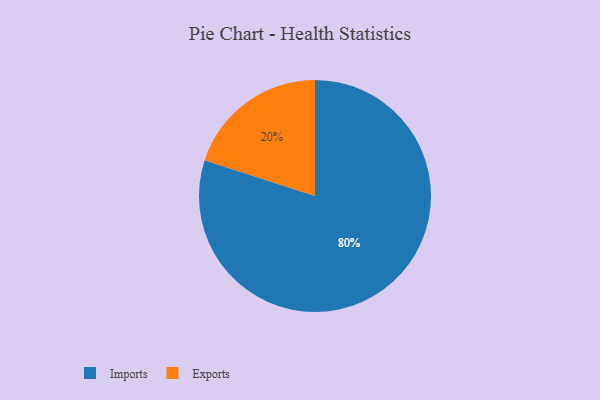
{"axis": {"x": "Category", "y": "Percentage"}, "legend": ["Exports", "Imports"], "data": [{"x": "Exports", "y": 20, "type": "Exports"}, {"x": "Imports", "y": 80, "type": "Imports"}]}